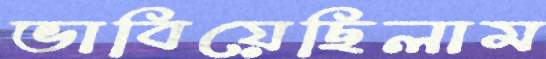
ভাবিয়েছিলাম